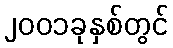
၂၀၀၁ခုနှစ်တွင်